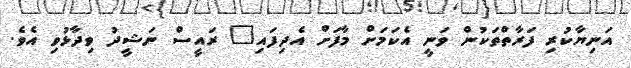
އަނިޔާކުރި ފަރާތްތަކުން ވަނީ އެކަމަށް މާފަށް އެދިފައި" ރައީސް ނަޝީދު ވިދާޅުވި އެވެ.